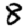
Digit: 8